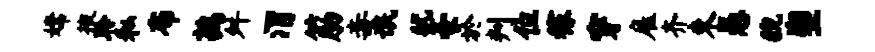
嫦掖聆私布鹑舛渭筋毒氓犹豪於判位稼穿雇齐束愚猊塑